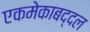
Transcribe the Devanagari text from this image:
एकमेकाबद्दल